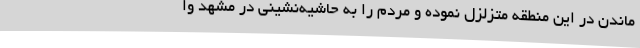
ماندن در این منطقه متزلزل نموده و مردم را به حاشیه‌نشینی در مشهد وا